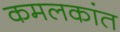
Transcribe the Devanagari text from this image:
कमलकांत